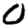
Digit: 0